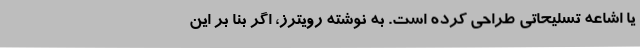
یا اشاعه تسلیحاتی طراحی کرده است. به نوشته رویترز، اگر بنا بر این